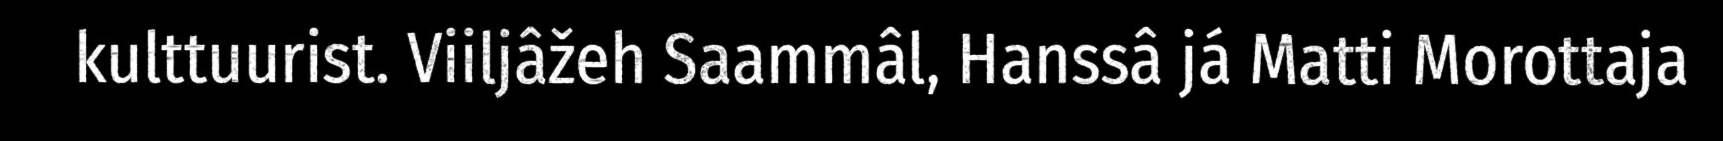
kulttuurist. Viiljâžeh Saammâl, Hanssâ já Matti Morottaja